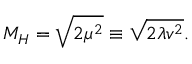
M _ { H } = { \sqrt { 2 \mu ^ { 2 } } } \equiv { \sqrt { 2 \lambda v ^ { 2 } } } .